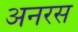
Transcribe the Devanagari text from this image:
अनरस